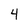
Character: 4